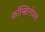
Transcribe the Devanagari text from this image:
काँन्स्टिनोपल